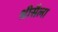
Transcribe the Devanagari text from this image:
श्रीसैला